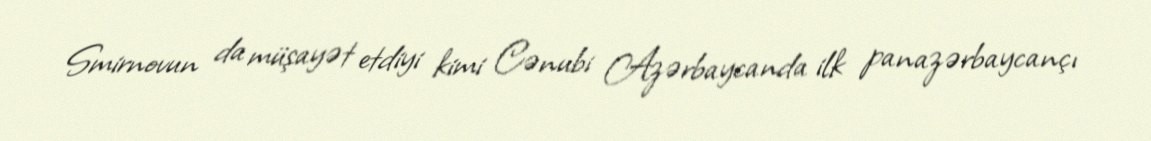
Smirnovun da müşayət etdiyi kimi Cənubi Azərbaycanda ilk panazərbaycançı